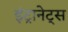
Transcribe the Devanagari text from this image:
इंट्रानेट्स